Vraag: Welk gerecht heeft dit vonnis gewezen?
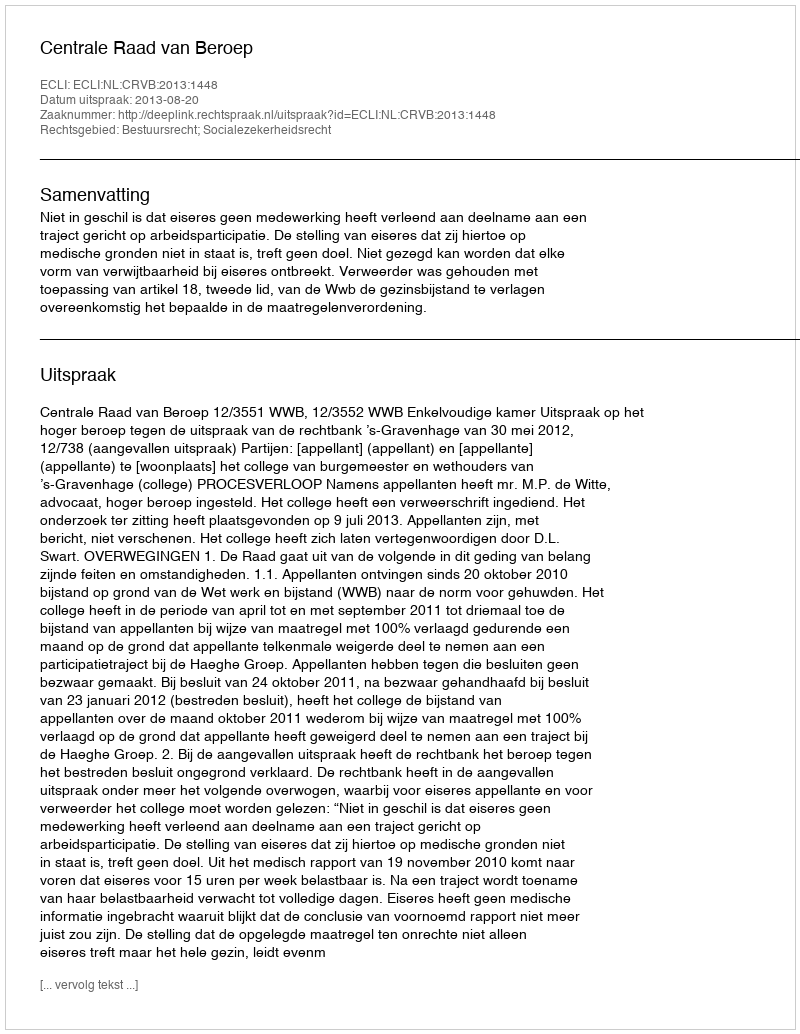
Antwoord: Centrale Raad van Beroep